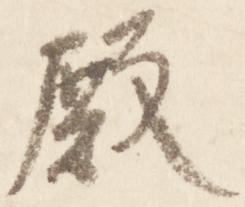
殿